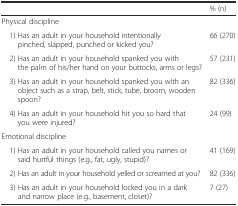
<table><thead><tr><td></td><td><b>% (n)</b></td></tr></thead><tbody><tr><td colspan="2">Physical discipline</td></tr><tr><td> 1) Has an adult in your household intentionally pinched, slapped, punched or kicked you?</td><td>66 (270)</td></tr><tr><td> 2) Has an adult in your household spanked you with the palm of his/her hand on your buttocks, arms or legs?</td><td>57 (231)</td></tr><tr><td> 3) Has an adult in your household spanked you with an object such as a strap, belt, stick, tube, broom, wooden spoon?</td><td>82 (336)</td></tr><tr><td> 4) Has an adult in your household hit you so hard that you were injured?</td><td>24 (99)</td></tr><tr><td colspan="2">Emotional discipline</td></tr><tr><td> 1) Has an adult in your household called you names or said hurtful things (e.g., fat, ugly, stupid)?</td><td>41 (169)</td></tr><tr><td> 2) Has an adult in your household yelled or screamed at you?</td><td>82 (336)</td></tr><tr><td> 3) Has an adult in your household locked you in a dark and narrow place (e.g., basement, closet)?</td><td>7 (27)</td></tr></tbody></table>